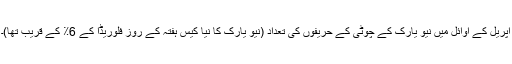
اپریل کے اوائل میں نیو یارک کے چوٹی کے حریفوں کی تعداد (نیو یارک کا نیا کیس ہفتہ کے روز فلوریڈا کے 6٪ کے قریب تھا)۔